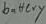
Text: battery